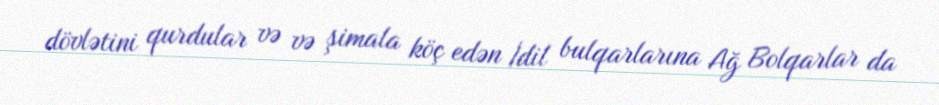
dövlətini qurdular və və şimala köç edən İdil bulqarlarına Ağ Bolqarlar da